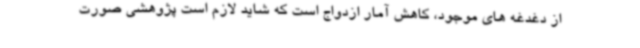
از دغدغه های موجود، کاهش آمار ازدواج است که شاید لازم است پژوهشی صورت